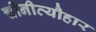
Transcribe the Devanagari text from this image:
चीनीत्यौहार